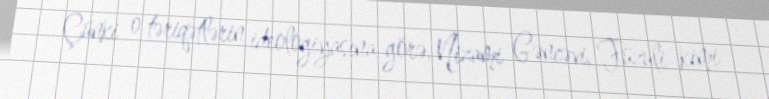
Çünki o təriqətlərin ideologiyasına görə, Nizami Gəncəvi, Füzuli kimi